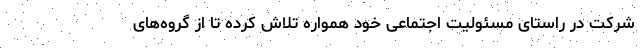
شرکت در راستای مسئولیت اجتماعی خود همواره تلاش کرده تا از گروه‌های